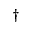
^ \dagger